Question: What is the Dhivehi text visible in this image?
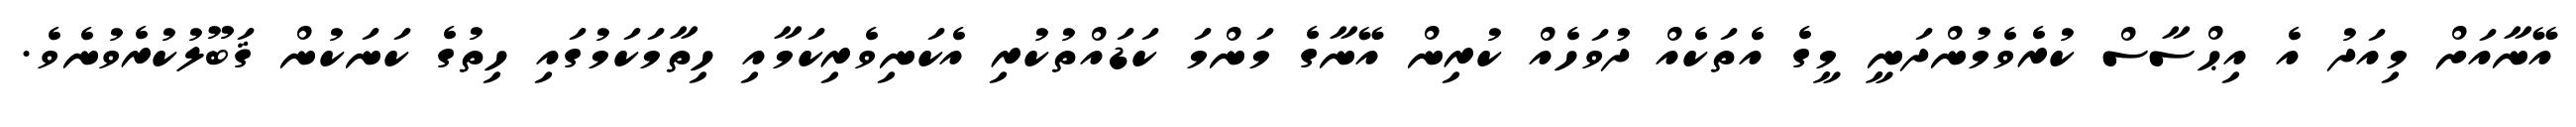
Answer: އޭނާއަށް މިއަދު އެ އިޙްސާސް ކުރެވެމުންދަނީ މީގެ އެތަކެއް ދުވަހެއް ކުރިން އޭނާގެ މަންމަ ކަޑައްތުކުރި އެކަނިވެރިކަމާއި ހިތާމަކަމުގައި ހިތުގެ ކަނަކުން ޤަބޫލުކުރެވުނެވެ.